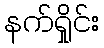
နက်ရှိုင်း